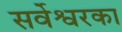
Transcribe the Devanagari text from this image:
सर्वेश्वरका